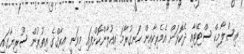
އިސްލާމިކް ސްޓޭޓާއި ދެކޮޅަށް އެމެރިކާއިން ހަނގުރާމަ އިއުލާންކޮށްފައި މިވަނީ އިރާޤްގެ އިތުރުން ސޫރިޔާގައި